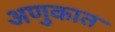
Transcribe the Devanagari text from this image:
अणुकात